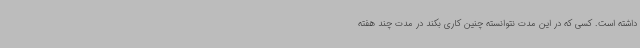
داشته است. کسی که در این مدت نتوانسته چنین کاری بکند در مدت چند هفته